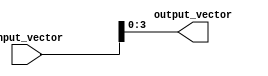
module PartSelectExample (
    input wire [7:0] input_vector,  // 8-bit input vector
    output wire [3:0] output_vector  // 4-bit output vector
);

// Continuous assignment using part select to assign bits [3:0] from the input_vector
assign output_vector = input_vector[3:0];

endmodule